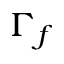
\Gamma _ { f }